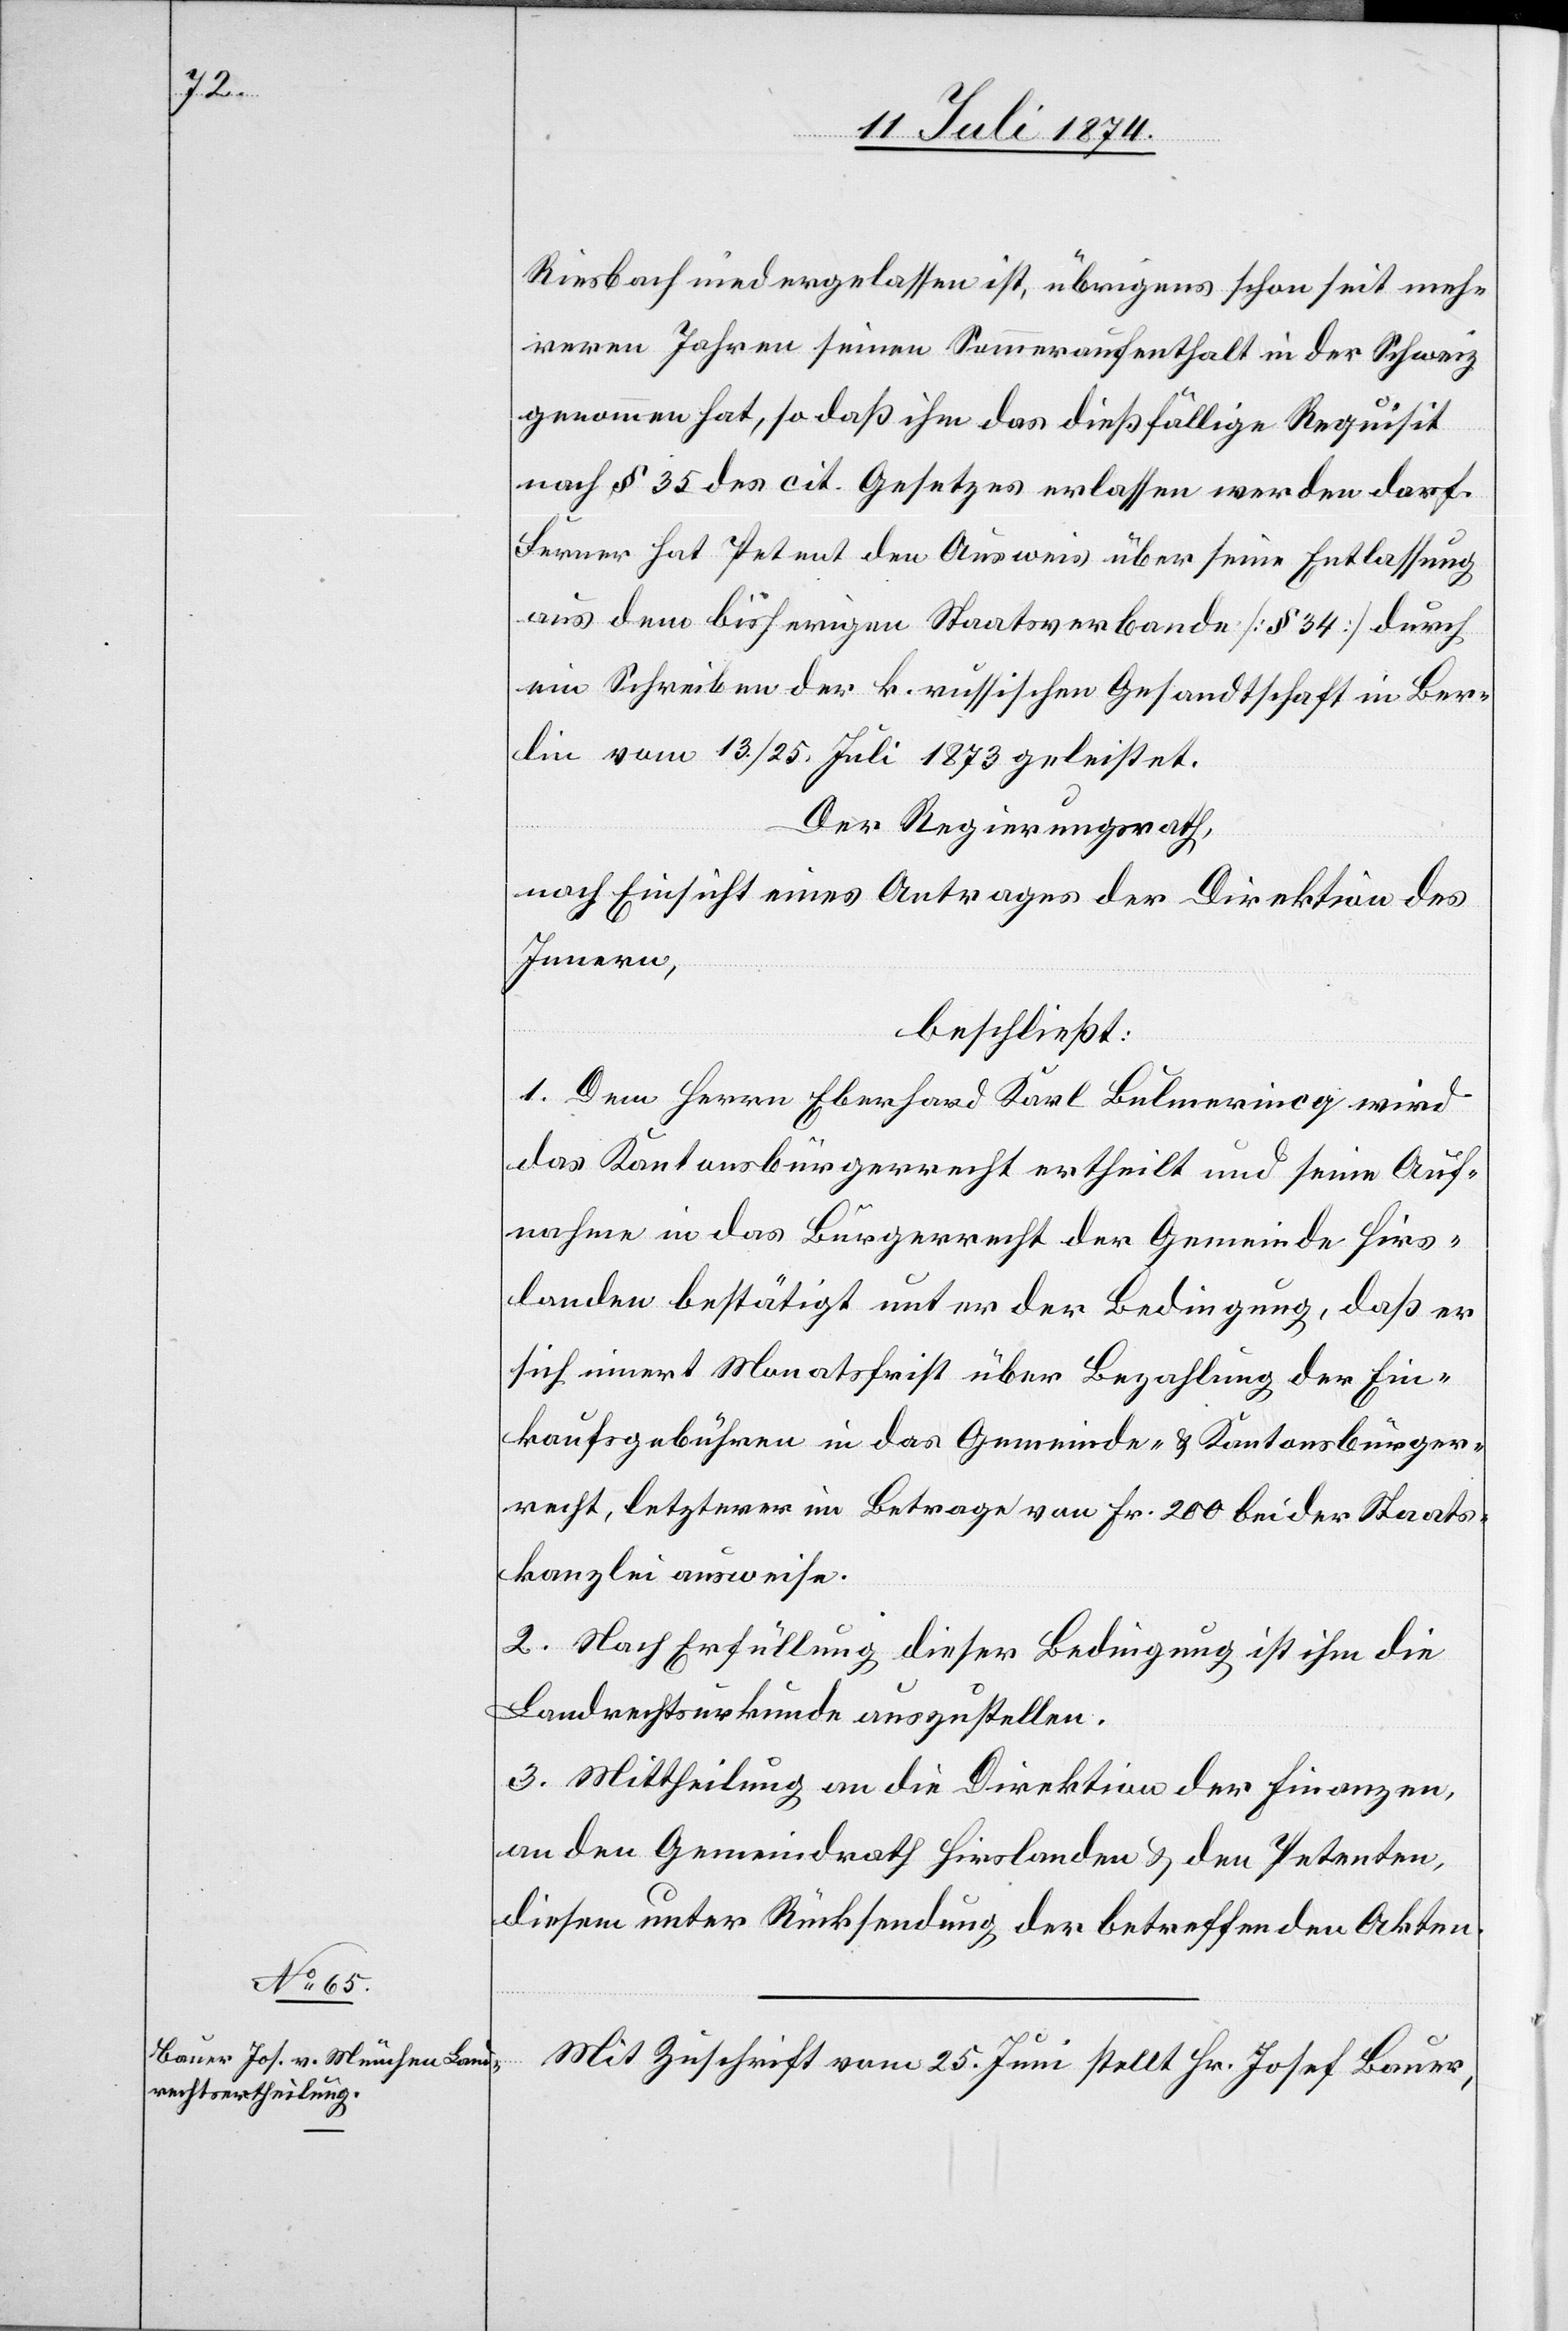
Riesbach niedergelassen ist, übrigens schon seit meh¬
reren Jahren seinen Sommeraufenthalt in der Schweiz
genommen hat, so daß ihm das dießfällige Requisit
nach § 35 des cit. Gesetzes erlassen werden darf.
Ferner hat Petent den Ausweis über seine Entlassung
aus dem bisherigen Staatsverbande [§ 34] durch
ein Schreiben der k. russischen Gesandtschaft in Ber¬
lin vom 13./25. Juli 1873 geleistet.
Der Regierungsrath,
nach Einsicht eines Antrages der Direktion des
Innern,
beschließt:
1. Dem Herrn Eberhard Karl Bulmerincq wird
das Kantonsbürgerrecht ertheilt und seine Auf¬
nahme in das Bürgerrecht der Gemeinde Hirs¬
landen bestätigt unter der Bedingung, daß er
sich innert Monatsfrist über Bezahlung der Ein¬
kaufsgebühren in das Gemeinde- u. Kantonsbürger¬
recht, letzterer im Betrage von Fr. 200 bei der Staats¬
kanzlei ausweise.
2. Nach Erfüllung dieser Bedingung ist ihm die
Landrechtsurkunde auszustellen.
3. Mittheilung an die Direktion der Finanzen,
an den Gemeindrath Hirslanden u. den Petenten,
diesem unter Rücksendung der betreffenden Akten.
Mit Zuschrift vom 25. Juni stellt Hr. Josef Bauer,